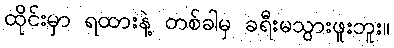
ထိုင်းမှာ ရထားနဲ့ တစ်ခါမှ ခရီးမသွားဖူးဘူး။